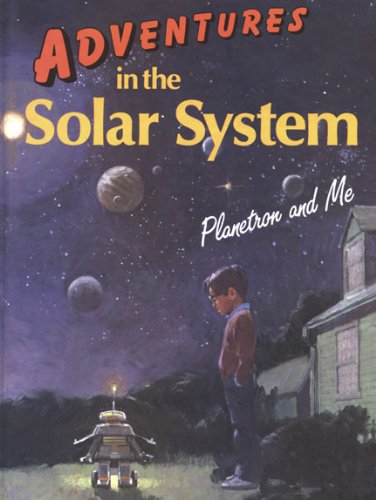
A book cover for Adventures in the Solar System; Geoffrey T. Williams; Science & Math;